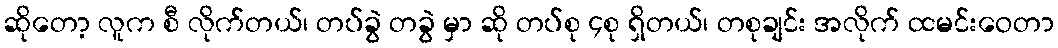
ဆိုတော့ လူက စီ လိုက်တယ်၊ တပ်ခွဲ တခွဲ မှာ ဆို တပ်စု ၄စု ရှိတယ်၊ တစုချင်း အလိုက် ထမင်းဝေတာ